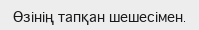
Өзінің тапқан шешесімен.